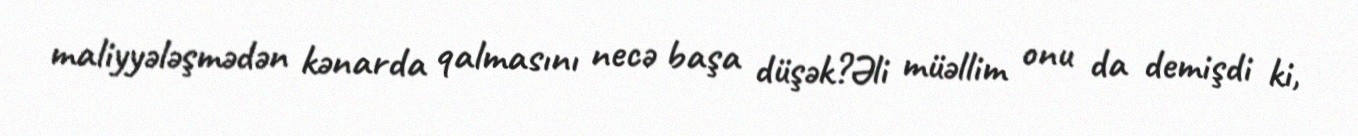
maliyyələşmədən kənarda qalmasını necə başa düşək?Əli müəllim onu da demişdi ki,